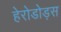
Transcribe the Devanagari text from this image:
हेरोडोड़स